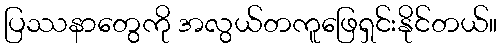
ပြဿနာတွေကို အလွယ်တကူဖြေရှင်းနိုင်တယ်။